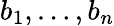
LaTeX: b_{1},\dots,b_{n}